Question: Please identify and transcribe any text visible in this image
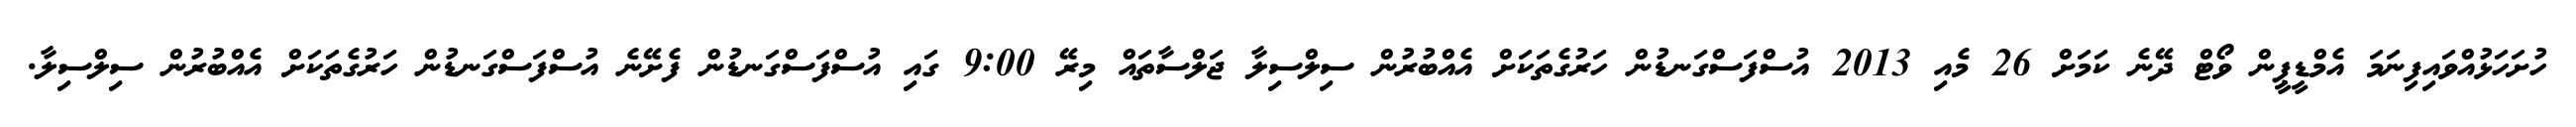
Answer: ހުށަހަޅުއްވައިފިނަމަ އެމްޑީޕީން ވޯޓް ދޭނެ ކަމަށް 26 މެއި 2013 އުސްފަސްގަނޑުން ހަރުގެތަކަށް އެއްބުރުން ސިލްސިލާ ޖަލްސާތައް މިރޭ 9:00 ގައި އުސްފަސްގަނޑުން ފެށޭނެ އުސްފަސްގަނޑުން ހަރުގެތަކަށް އެއްބުރުން ސިލްސިލާ.